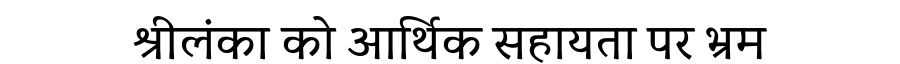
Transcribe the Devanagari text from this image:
श्रीलंका को आर्थिक सहायता पर भ्रम